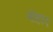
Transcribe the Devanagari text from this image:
मोहाय